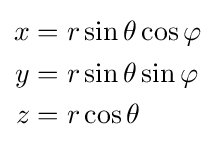
{\begin{aligned}x&=r\sin \theta \cos \varphi \\y&=r\sin \theta \sin \varphi \\z&=r\cos \theta \\\end{aligned}}